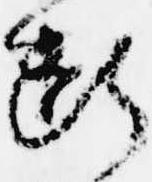
断